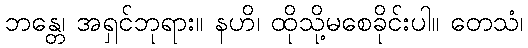
ဘန္တေ၊ အရှင်ဘုရား။ နဟိ၊ ထိုသို့မစေခိုင်းပါ။ တေသံ၊